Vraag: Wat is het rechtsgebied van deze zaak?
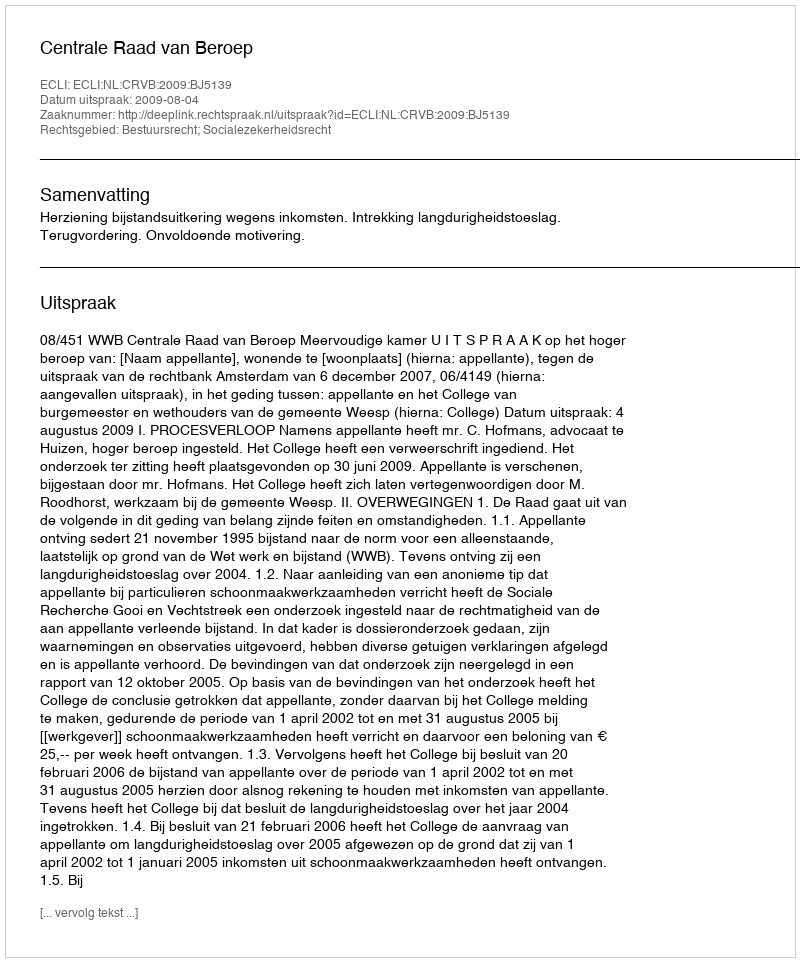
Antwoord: Bestuursrecht; Socialezekerheidsrecht